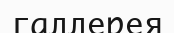
галлерея